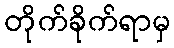
တိုက်ခိုက်ရာမှ